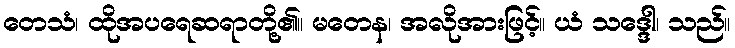
တေသံ၊ ထိုအပရေဆရာတို့၏။ မတေန၊ အလိုအားဖြင့်။ ယံ သဒ္ဒေါ၊ သည်။